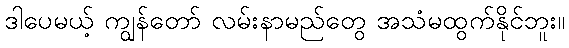
ဒါပေမယ့် ကျွန်တော် လမ်းနာမည်တွေ အသံမထွက်နိုင်ဘူး။